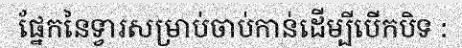
ផ្នែកនៃទ្វារសម្រាប់ចាប់កាន់ដើម្បីបើកបិទ :